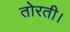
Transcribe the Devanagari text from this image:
तोरती।